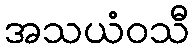
အသယံဝသီ